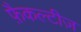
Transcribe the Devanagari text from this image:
फ़ैकल्टीज़